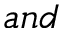
a n d